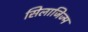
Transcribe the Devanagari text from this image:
सिलाजिज्म